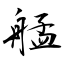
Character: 艋